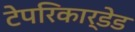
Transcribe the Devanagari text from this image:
टेपरिकार्डेड